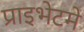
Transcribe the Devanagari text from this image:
प्राइभेटमे